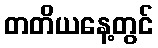
တတိယနေ့တွင်